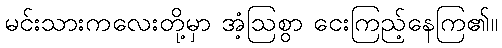
မင်းသားကလေးတို့မှာ အံ့ဩစွာ ငေးကြည့်နေကြ၏။